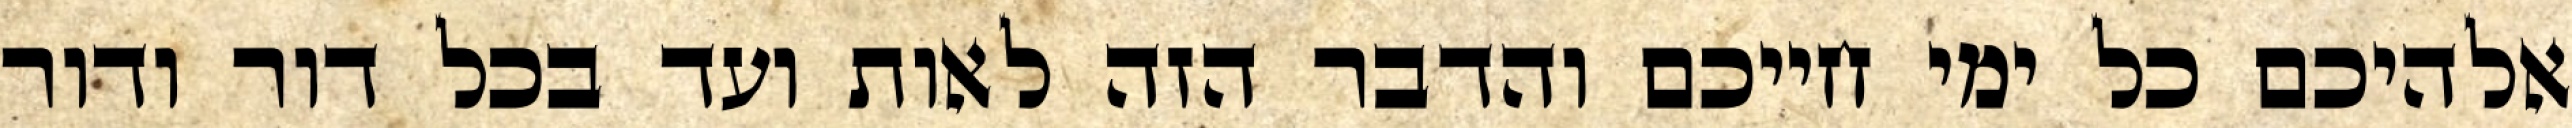
אלהיכם כל ימי חייכם והדבר הזה לאות ועד בכל דור ודור